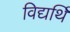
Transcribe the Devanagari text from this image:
विद्यर्थि